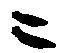
ニ